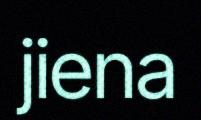
jiena